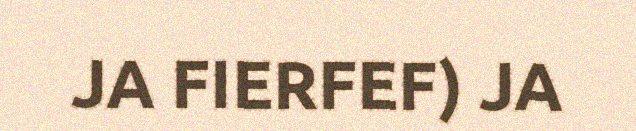
JA FIERFEF) JA